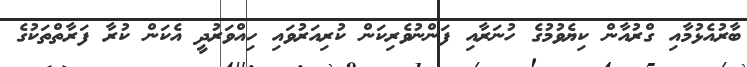
ބާރުއެޅުމާއި ގްރުއާން ކިޔެވުމުގެ ހުނަރާއި ފަންނުވެރިކަން ކުރިއަރުވައި ހިއްވަރުދީ އެކަން ކުރާ ފަރާތްތަކުގެ